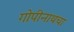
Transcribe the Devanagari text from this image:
गोपीनाथचा